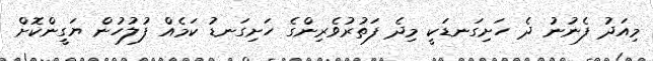
މިއަދު ފެނުނު ދެ ހަށިގަނޑަކީ މިދެ ފަތުރުވެރިންގެ ހަށިގަނޑު ކަމެއް ފުލުހުން ޔަގީންކޮށް